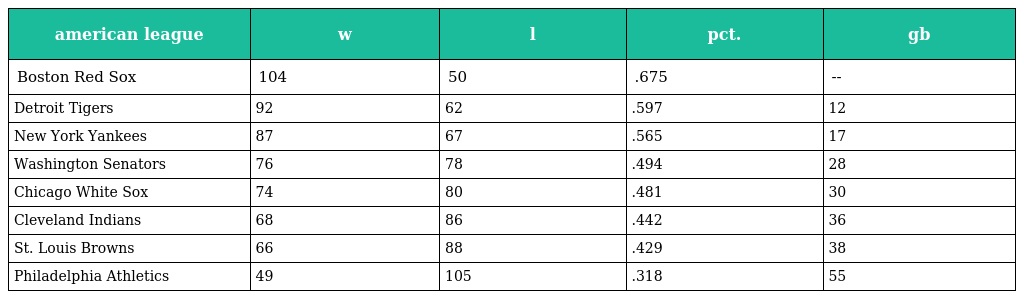
| american league | w | l | pct. | gb |
 | --- | --- | --- | --- | --- |
 | Boston Red Sox | 104 | 50 | .675 | -- |
 | Detroit Tigers | 92 | 62 | .597 | 12 |
 | New York Yankees | 87 | 67 | .565 | 17 |
 | Washington Senators | 76 | 78 | .494 | 28 |
 | Chicago White Sox | 74 | 80 | .481 | 30 |
 | Cleveland Indians | 68 | 86 | .442 | 36 |
 | St. Louis Browns | 66 | 88 | .429 | 38 |
 | Philadelphia Athletics | 49 | 105 | .318 | 55 |